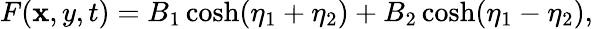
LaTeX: F(\mathbf{x},y,t)=B_{1}\cosh(\eta_{1}+\eta_{2})+B_{2}\cosh(\eta_{1}-\eta_{2}),